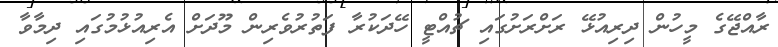
ރާއްޖޭގެ މީހުން ދިރިއުޅޭ ރަށްރަށުގައި ޗުއްޓީ ހޭދަކުރާ ފަތުރުވެރިން މޫދަށް އެރިއުޅުމުގައި ދިމާވާ